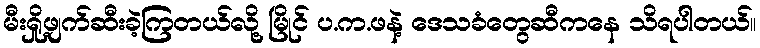
မီးရှို့ဖျက်ဆီးခဲ့ကြတယ်လို့ မြိုင် ပ.က.ဖနဲ့ ဒေသခံတွေဆီကနေ သိရပါတယ်။